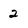
Character: 2